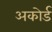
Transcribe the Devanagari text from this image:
अकोर्ड